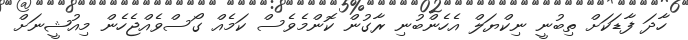
ހާދަ ފާޑަކަށް ތިބުނީ ނިކްޔަލް އެހެންބުނި ރާގުން ކޮންމެވެސް ކަމެއް ގޯސްވެއްޖެހެން މިއުޝީނަށް